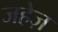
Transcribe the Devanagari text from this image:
जहेज़